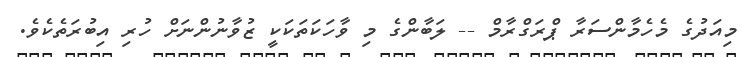
މިއަދުގެ މެހެމާންސަރާ ޕްރަގްރާމް -- ލަބާންގެ މި ވާހަކަތަކަކީ ޒުވާނުންނަށް ހުރި އިބުރަތެކެވެ.